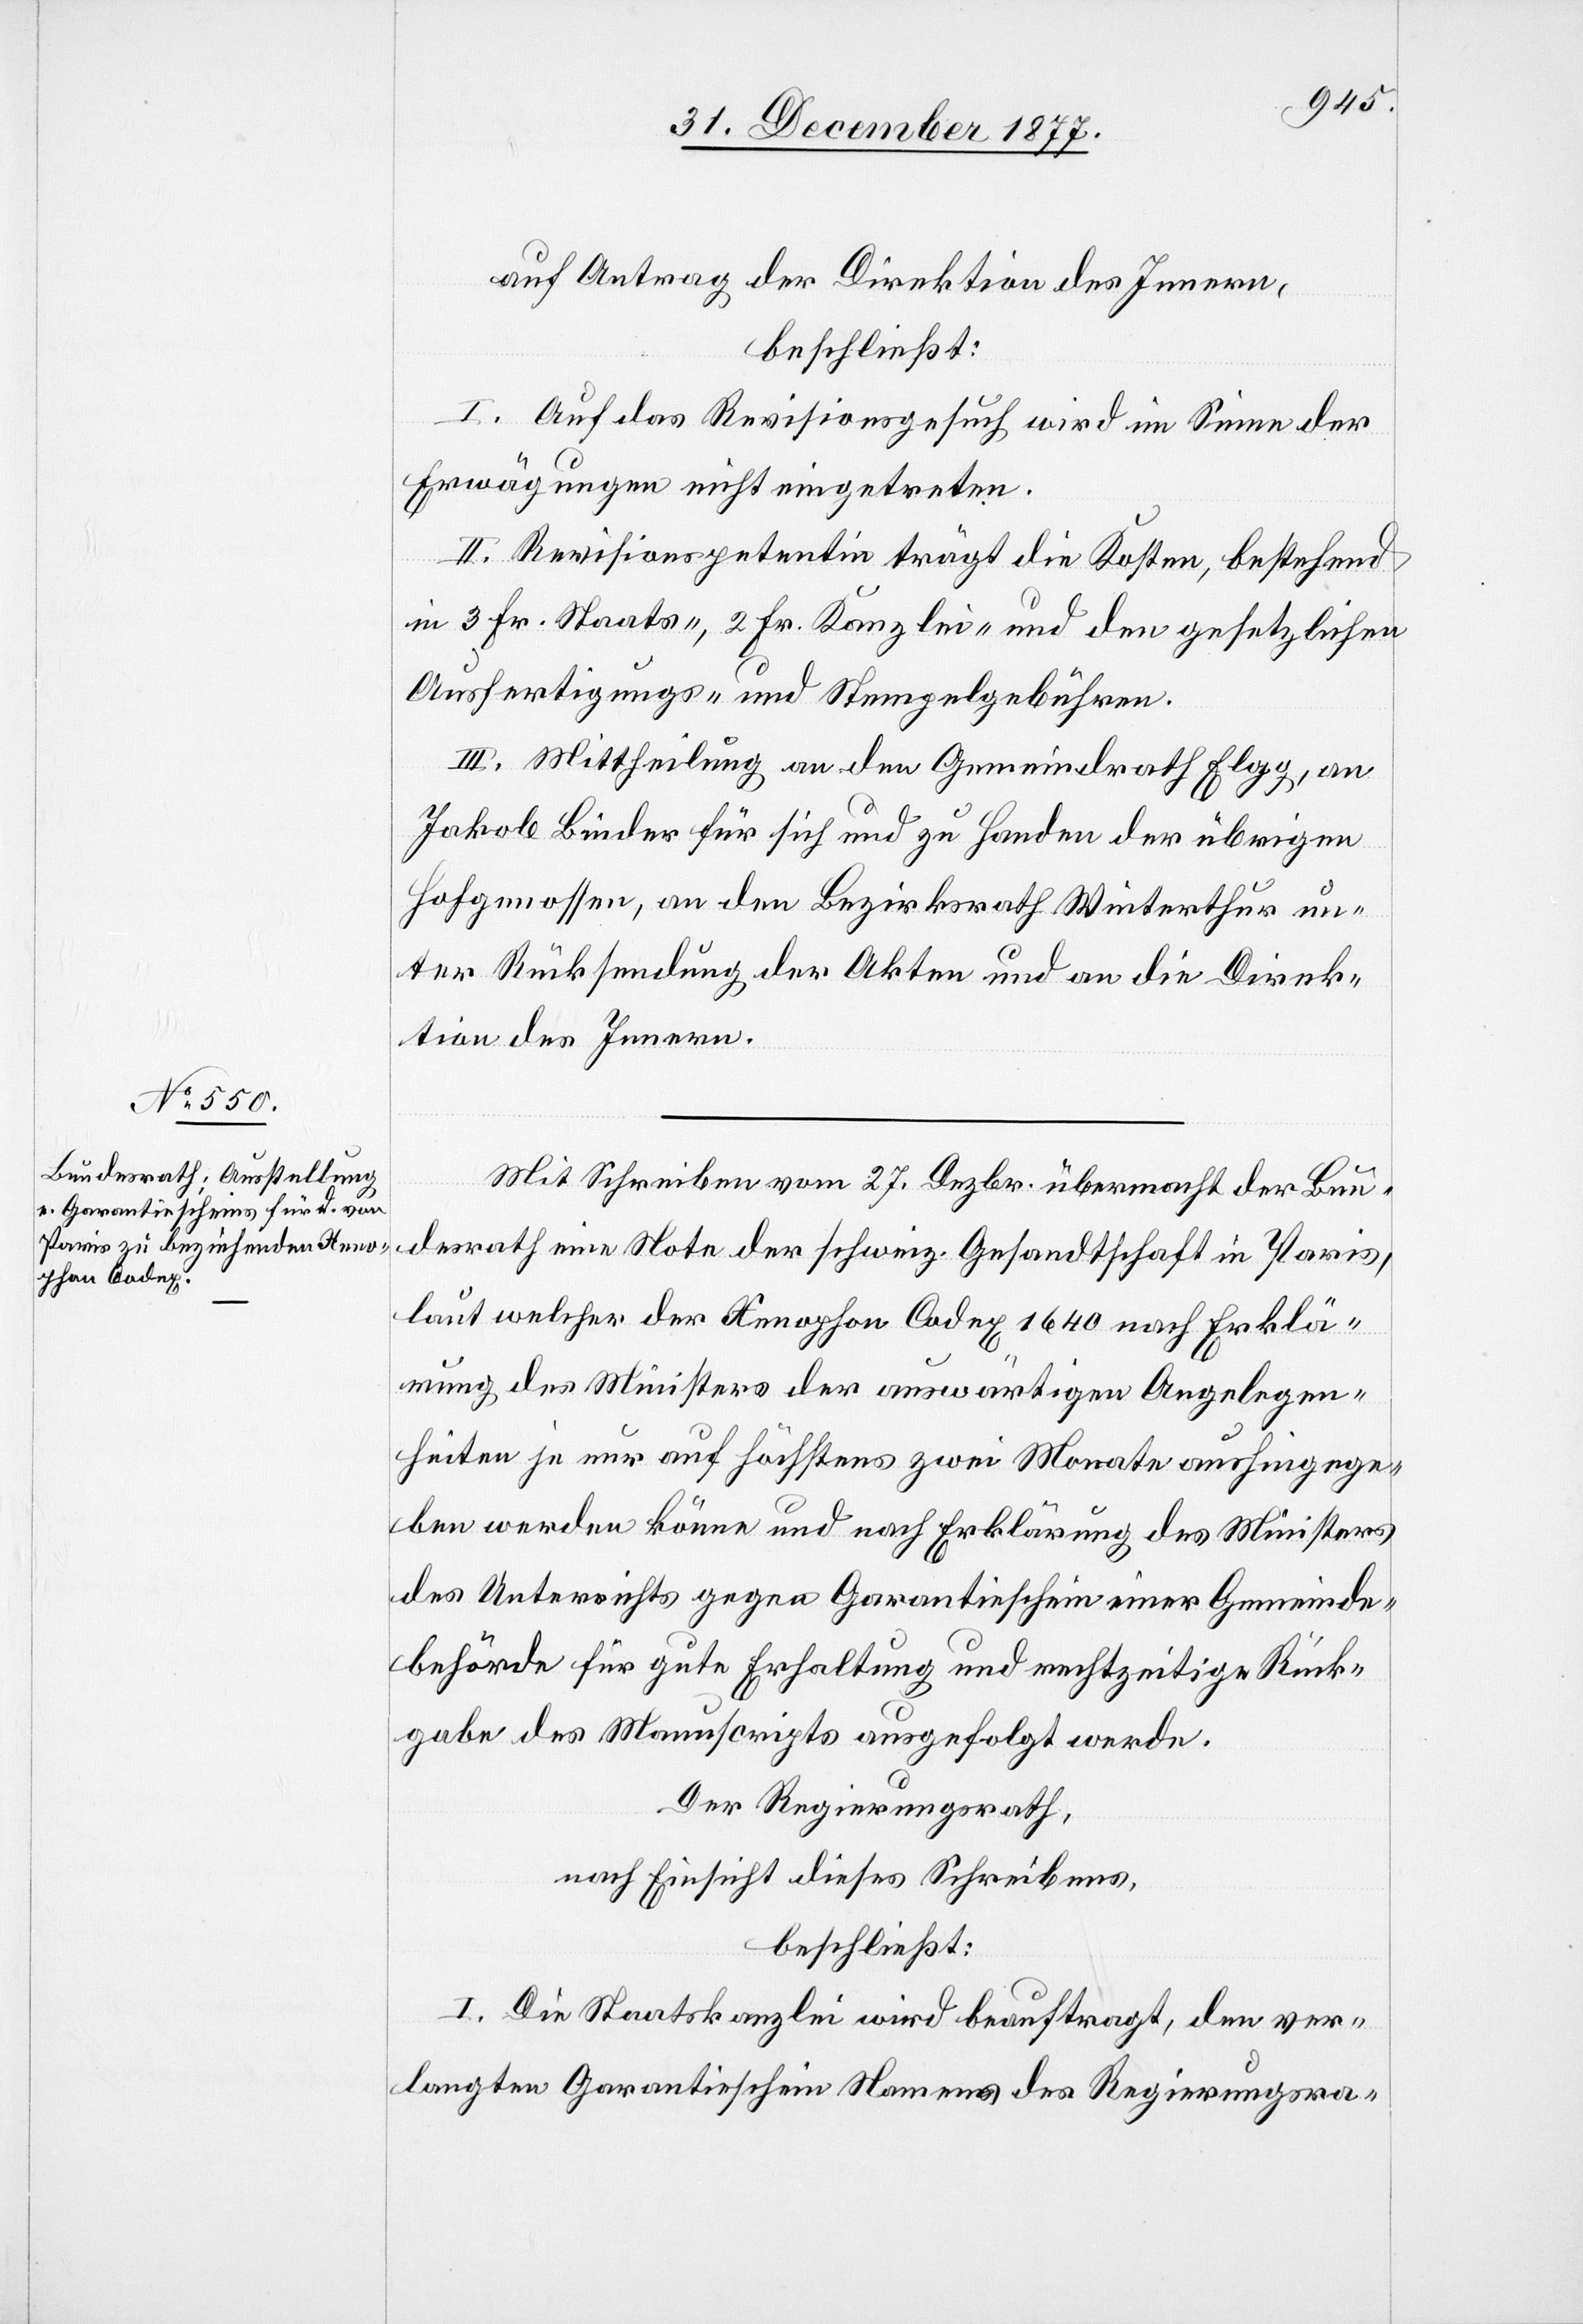
auf Antrag der Direktion des Innern,
beschließt:
I. Auf das Revisionsgesuch wird im Sinne der
Erwägungen nicht eingetreten.
II. Revisionspetentin trägt die Kosten, bestehend
in 3 Fr. Staats-, 2 Fr. Kanzlei- und den gesetzlichen
Ausfertigungs- und Stempelgebühren.
III. Mittheilung an den Gemeindrath Elgg, an
Jakob Binder für sich und zu Handen der übrigen
Hofgenossen, an den Bezirksrath Winterthur un¬
ter Rücksendung der Akten und an die Direk¬
tion des Innern.
Mit Schreiben vom 27. Dezbr. übermacht der Bun¬
desrath eine Note der schweiz. Gesandtschaft in Paris,
laut welcher der Xenophon Codex 1640 nach Erklä¬
rung des Ministers der auswärtigen Angelegen¬
heiten je nur auf höchstens zwei Monate aushingege¬
ben werden könne und nach Erklärung des Ministers
des Unterrichts gegen Garantieschein einer Gemeinde¬
behörde für gute Erhaltung und rechtzeitige Rück¬
gabe des Manuscripts ausgefolgt werde.
Der Regierungsrath,
nach Einsicht dieses Schreibens,
beschließt:
I. Die Staatskanzlei wird beauftragt, den ver¬
langten Garantieschein Namens des Regierungsra-